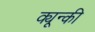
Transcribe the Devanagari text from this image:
क्यून्की